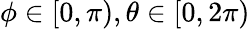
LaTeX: \phi\in[0,\pi),\theta\in[0,2\pi)